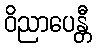
ဝိညာပေန္တီ